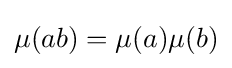
\mu (ab)=\mu (a)\mu (b)